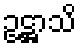
ဥဋ္ဌာသိ